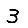
Digit: 3